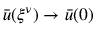
\bar { u } ( { \xi ^ { \nu } } ) \to \bar { u } ( 0 )